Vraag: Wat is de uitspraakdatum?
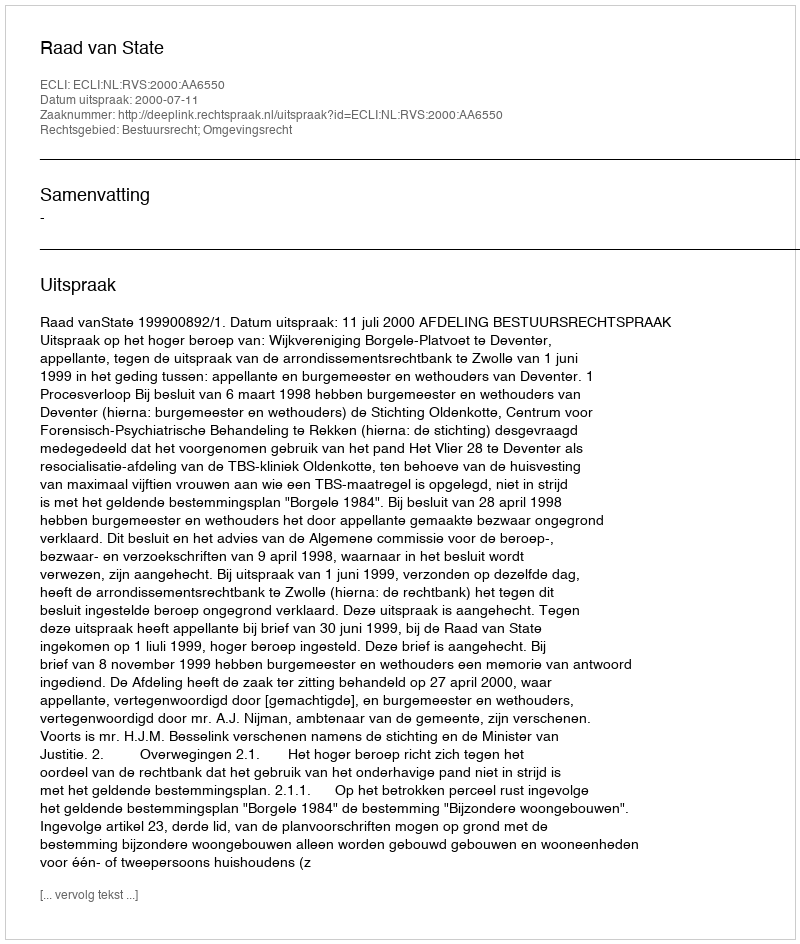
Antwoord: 2000-07-11